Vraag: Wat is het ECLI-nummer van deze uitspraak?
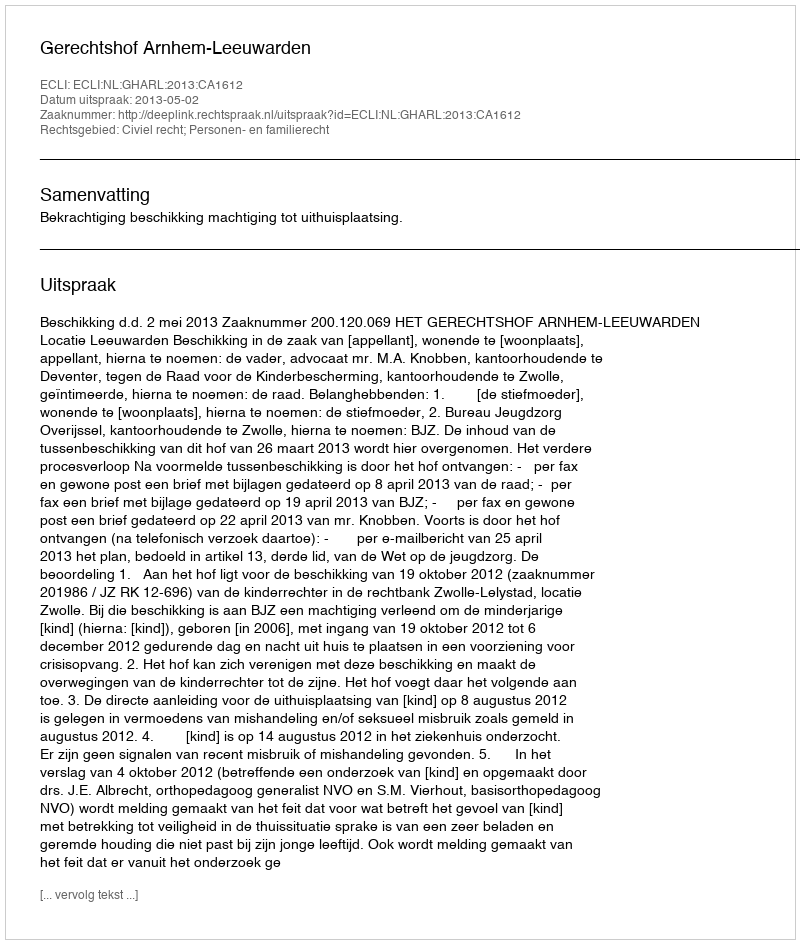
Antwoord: ECLI:NL:GHARL:2013:CA1612